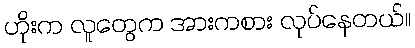
ဟိုးက လူတွေက အားကစား လုပ်နေတယ်။